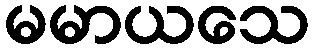
မမာယသေ